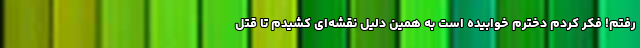
رفتم! فکر کردم دخترم خوابیده است به همین دلیل نقشه‌ای کشیدم تا قتل